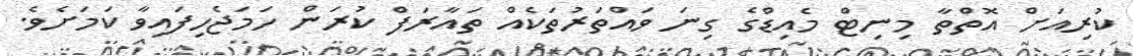
ކުރިއަށް އޮތްތާ މިނިޓް މެއިޑްގެ ގިނަ ވައްތަރުތަކެއް ތައާރަފް ކުރަން ހަމަޖެހިފައިވާ ކަމަށެވެ.